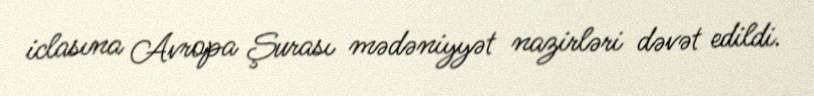
iclasına Avropa Şurası mədəniyyət nazirləri dəvət edildi.